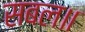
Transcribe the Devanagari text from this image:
सबल॥